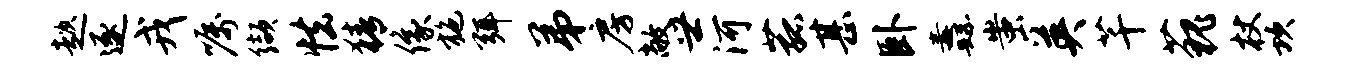
趑逐戎嘱缬怯猜像施弭弟房敞世河菰甚卧纛蚩英芊藐杖坎